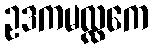
ဥဒကမလ္လကေ